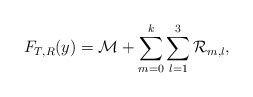
\begin{align*}F_{T,R}(y) = \mathcal{M} + \sum_{m=0}^k \sum_{l=1}^3 \mathcal{R}_{m,l},\end{align*}